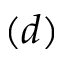
( d )